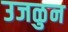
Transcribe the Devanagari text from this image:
उजळुन